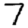
Digit: 7